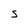
Character: S